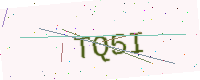
Text: TQ5I